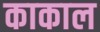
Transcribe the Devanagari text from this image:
काकाल